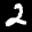
Label: 2